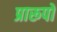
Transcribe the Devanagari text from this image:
प्रारूपो